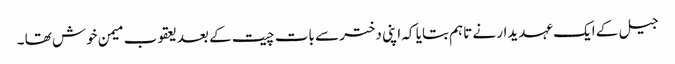
جیل کے ایک عہدیدار نے تاہم بتایا کہ اپنی دختر سے بات چیت کے بعد یعقوب میمن خوش تھا ۔